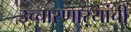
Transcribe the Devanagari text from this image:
उच्चारणाऱ्यांची